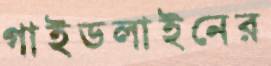
গাইডলাইনের